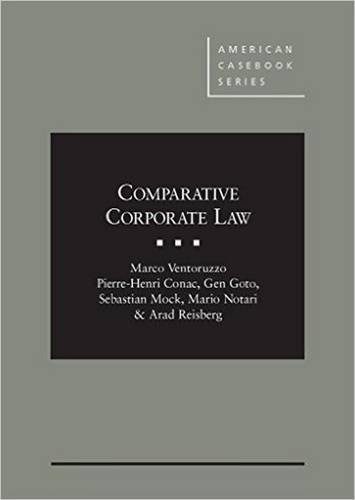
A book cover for Comparative Corporate Law (American Casebook Series); Marco Ventoruzzo; Law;